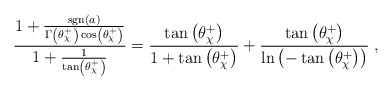
\begin{align*}\frac{1 + \frac{{\rm sgn}(a)}{\Gamma \left( \theta^+_{\chi} \right) \cos \left( \theta^+_{\chi} \right)}}{1 + \frac{1}{\tan \left( \theta^+_{\chi} \right)}} =\frac{\tan \left( \theta^+_{\chi} \right)}{1 + \tan \left( \theta^+_{\chi} \right)} +\frac{\tan \left( \theta^+_{\chi} \right)}{\ln \left( -\tan \left( \theta^+_{\chi} \right) \right)} \;,\end{align*}